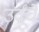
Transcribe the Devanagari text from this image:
उर्दूचे